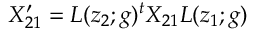
{ \cal X } _ { 2 1 } ^ { \prime } = L ( z _ { 2 } ; g ) ^ { t } { \cal X } _ { 2 1 } L ( z _ { 1 } ; g ) ~ ~ ~ ~ ~